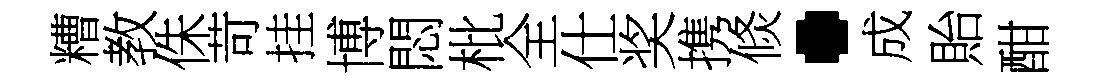
糟教侏苛挂博悶枇全仕奖携倐·成貽酣